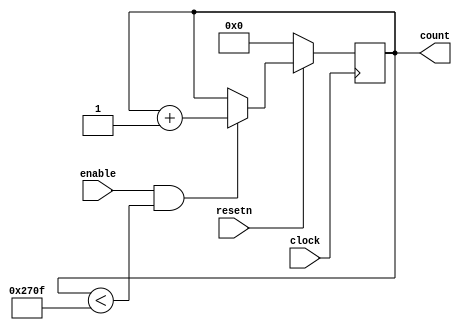
//16 bit counter 

module counter_16b (
input clock,
output reg [15:0] count,
input resetn,
input enable
);

always @ (posedge clock) 
begin
	if (resetn == 0)
		count <= 16'd0;
	else if (enable == 1 && count < 16'd9999)
		count <= count + 1;
end
		
endmodule